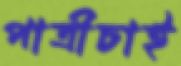
পাত্রীচাই